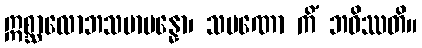
ဣစ္ဆာလောဘသမာပန္နော၊ သမဏော ကိံ ဘဝိဿတိ။